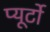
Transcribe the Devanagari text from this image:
प्‍यूर्टो